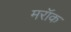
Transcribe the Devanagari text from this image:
मरॉक